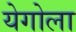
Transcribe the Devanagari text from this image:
येगोला